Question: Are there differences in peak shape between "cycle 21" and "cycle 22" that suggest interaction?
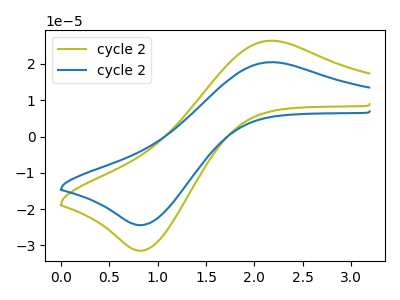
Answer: <think>The olive curve "cycle 21" has an anodic peak at (2.15V, 26.40uA) and a cathodic peak at (0.85V, -31.45uA). The blue curve "cycle 22" has an anodic peak at (2.15V, 20.50uA) and a cathodic peak at (0.85V, -24.40uA).
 All the peaks in "cycle 21" have a peak in "cycle 22" at the same potential. Every peak in "cycle 21" is higher than every peak in "cycle 22".</think>
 <answer>No, "cycle 21" and "cycle 22" don't appear to be significantly different in shape</answer>
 <eval>no_change</eval>